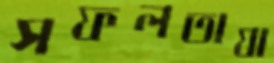
সফলতাযা